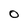
Character: O